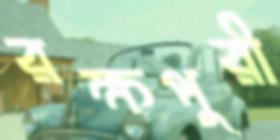
রক্ষপুরী